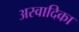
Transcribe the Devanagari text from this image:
अस्वादिका